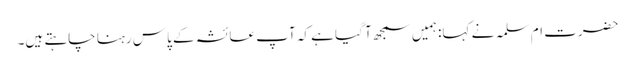
حضرت ام سلمہ نے کہا: ہمیں سمجھ آ گیا ہے کہ آپ عائشہ کے پاس رہنا چاہتے ہیں۔